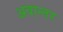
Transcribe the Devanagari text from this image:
अवान्‍तर